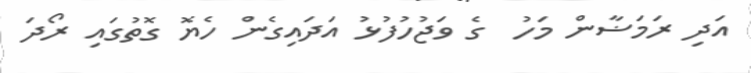
އަދި ރަމަޟާން މަހު  ގެ ވަޖުހުފުޅު އަދައިގެން ހެޔޮ ގޮތުގައި ރޯދަ